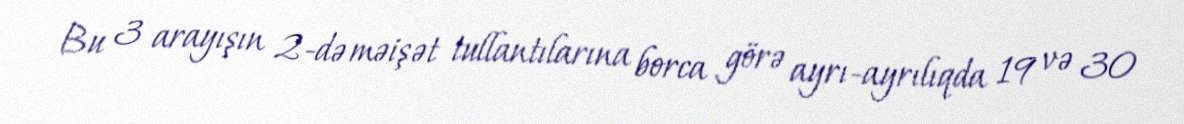
Bu 3 arayışın 2-də məişət tullantılarına borca görə ayrı-ayrılıqda 19 və 30